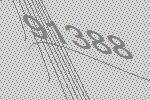
91388